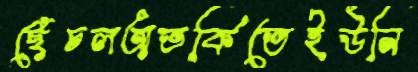
ছেঁচলঅতর্কিতেইউনি